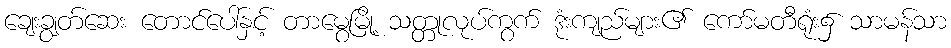
ချေးချွတ်ဆေး တောင်ပေါ်နှင့် တာမွေမြို့ သတ္တုလုပ်ကွက် ဒုံးကျည်များ၏ ကော်မတီရုံး၌ သာမန်သာ